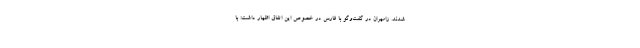
شدند. زامهران در گفت‌وگو با فارس در خصوص این اتفاق اظهار داشت: با